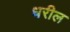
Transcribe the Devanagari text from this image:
धरील